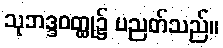
သုဘဒ္ဒဝတ္ထု၌ ပညတ်သည်။